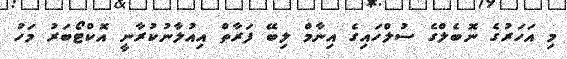
މި އަހަރުގެ ނޮބެލްގެ ސުލްހައިގެ އިނާމް ލިބޭ ފަރާތް އިއުލާނުކުރާނީ އޮކްޓޯބަރު މަހު